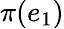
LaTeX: \pi(e_{1})